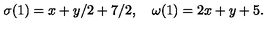
\sigma ( 1 ) = x + y / 2 + 7 / 2 , \quad \omega ( 1 ) = 2 x + y + 5 .